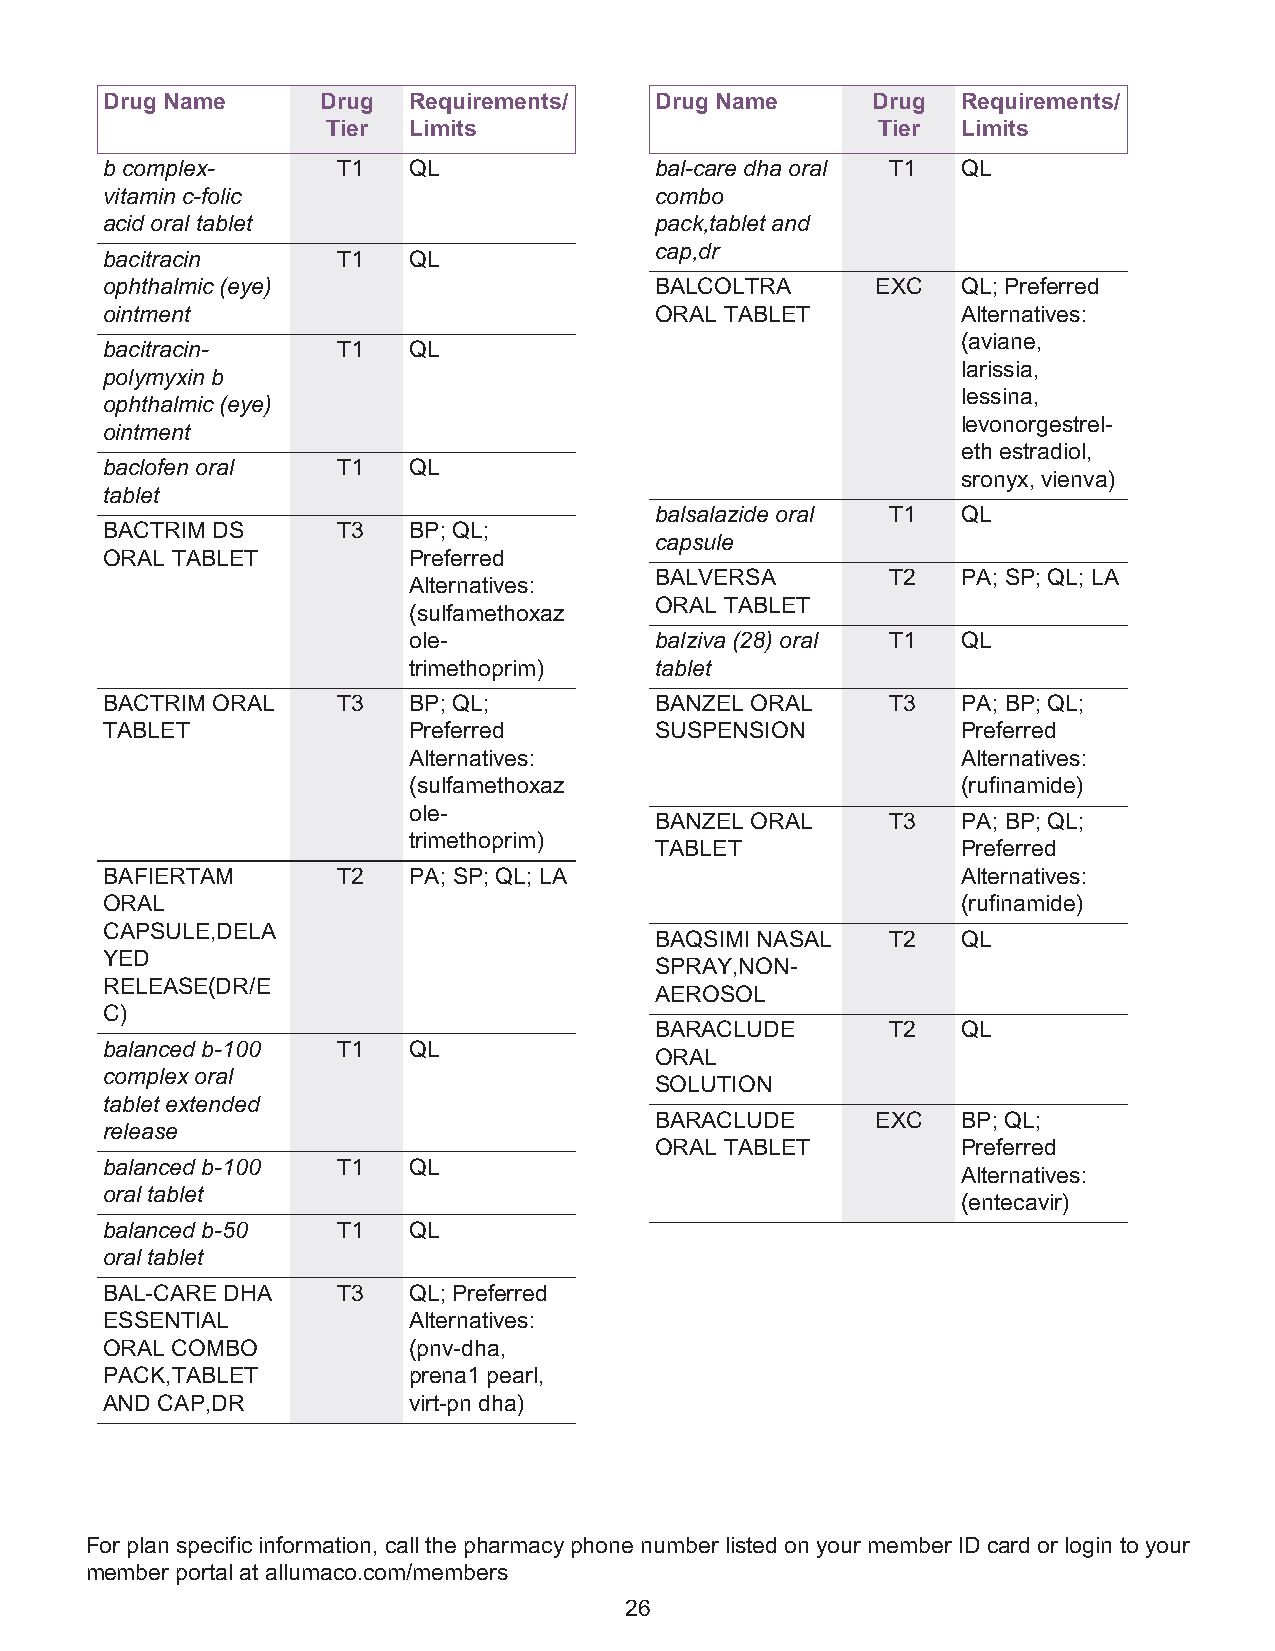
Drug Name     Drug  Requirements/   Drug Name      Drug  Requirements/
 Tier Limits                         Tier  Limits
 b complex-     T1   QL              bal-care dha oral T1 QL
 vitamin c-folic                     combo
 acid oral tablet                    pack,tablet and
 cap,dr
 bacitracin     T1   QL
 ophthalmic (eye)                    BALCOLTRA      EXC   QL; Preferred
 ointment                            ORAL TABLET          Alternatives:
 (aviane,
 bacitracin-    T1   QL
 larissia,
 polymyxin b
 lessina,
 ophthalmic (eye)
 levonorgestrel-
 ointment
 eth estradiol,
 baclofen oral  T1   QL
 sronyx, vienva)
 tablet
 balsalazide oral T1  QL
 BACTRIM DS     T3   BP; QL;
 capsule
 ORAL TABLET         Preferred
 BALVERSA        T2   PA; SP; QL; LA
 Alternatives:
 ORAL TABLET
 (sulfamethoxaz
 ole-            balziva (28) oral T1 QL
 trimethoprim)   tablet
 BACTRIM ORAL   T3   BP; QL;         BANZEL ORAL     T3   PA; BP; QL;
 TABLET              Preferred       SUSPENSION           Preferred
 Alternatives:                        Alternatives:
 (sulfamethoxaz                       (rufinamide)
 ole-
 BANZEL ORAL     T3   PA; BP; QL;
 trimethoprim)
 TABLET               Preferred
 BAFIERTAM      T2   PA; SP; QL; LA                       Alternatives:
 ORAL                                                     (rufinamide)
 CAPSULE,DELA
 BAQSIMI NASAL   T2   QL
 YED
 SPRAY,NON-
 RELEASE(DR/E
 AEROSOL
 C)
 BARACLUDE       T2   QL
 balanced b-100 T1   QL
 ORAL
 complex oral
 SOLUTION
 tablet extended
 BARACLUDE      EXC   BP; QL;
 release
 ORAL TABLET          Preferred
 balanced b-100 T1   QL
 Alternatives:
 oral tablet
 (entecavir)
 balanced b-50  T1   QL
 oral tablet
 BAL-CARE DHA   T3   QL; Preferred
 ESSENTIAL           Alternatives:
 ORAL COMBO          (pnv-dha,
 PACK,TABLET         prena1 pearl,
 AND CAP,DR          virt-pn dha)
 For plan specific information, call the pharmacy phone number listed on your member ID card or login to your
 member portal at allumaco.com/members
 26